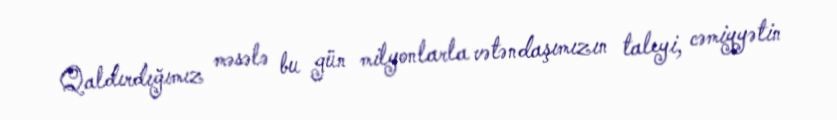
Qaldırdığımız məsələ bu gün milyonlarla vətəndaşımızın taleyi, cəmiyyətin